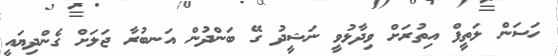
ހަސަން ލަތީފް އިތުރަށް ވިދާޅުވީ ނަޝީދު ގޭ ބަންދުން އަނބުރާ ޖަލަށް ގެންދިޔައީ